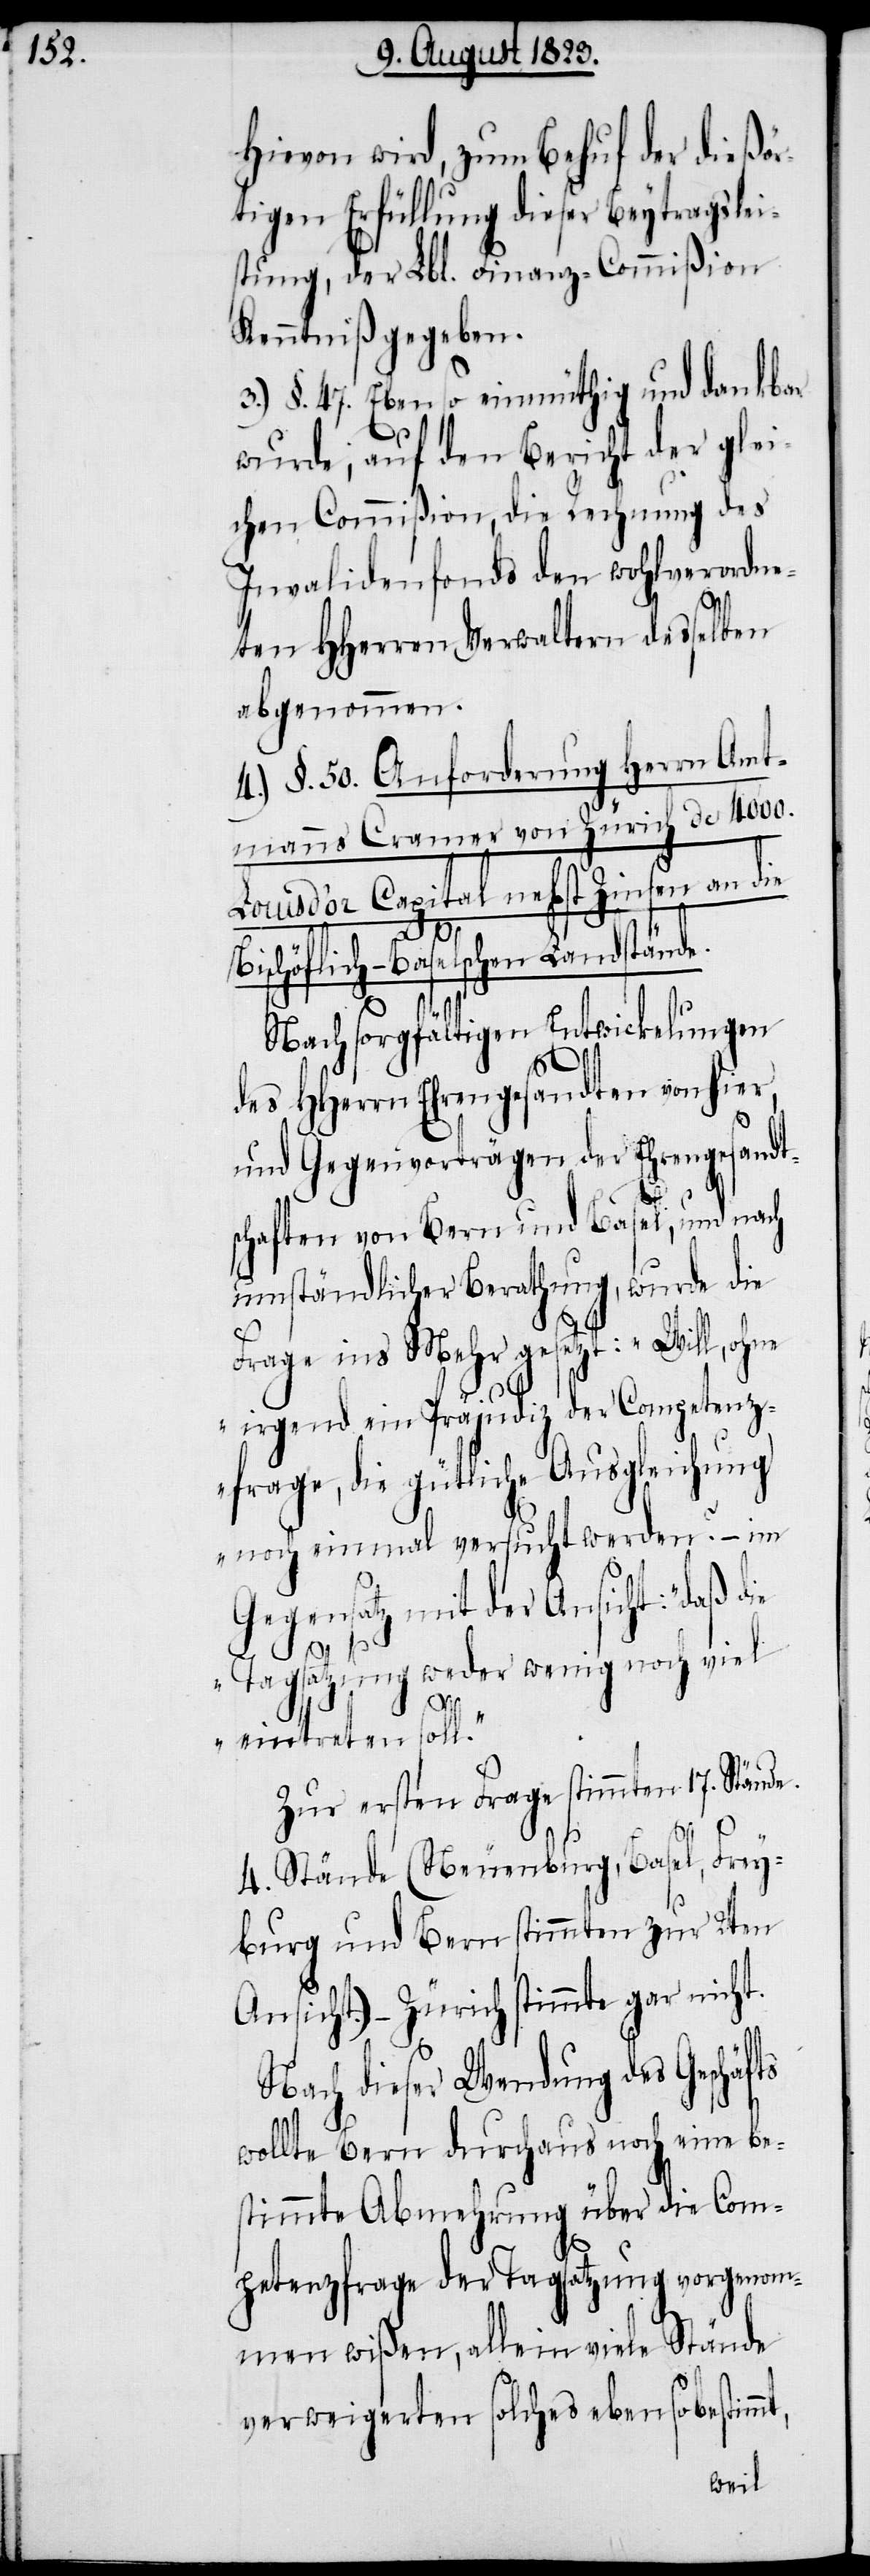
Hievon wird, zum Behuf der dießör¬
tigen Erfüllung dieser Beytragslei¬
stung, der Lbl. Finanz-Commißion
Kenntniß gegeben.
3.) §. 47. Ebenso einmüthig und dankbar
wurde auf den Bericht der glei¬
chen Commißion, die Rechnung des
Invalidenfonds den wohlverordne¬
ten HHerren Verwaltern desselben
abgenommen.
4.) §. 50. Anforderung Herrn Amt¬
manns Cramer von Zürich de 4000.
Louis d’or Capital nebst Zinsen an die
Bischöflich-Baselschen Landstände.
Nach sorgfältigen Entwickelungen
des HHerrn Ehrengesandten von hier,
und Gegenvorträgen der Ehrengesandt¬
schaften von Bern und Basel, und nach
umständlicher Berathung, wurde die
Frage ins Mehr gesetzt: „Will, ohne
irgend ein Präjudiz der Competenz¬
frage, die gütliche Ausgleichung
noch einmal versucht werden?[“] – im
Gegensatz mit der Ansicht: „daß die
t,
Tagsatzung weder wenig noch viel
eintreten soll.“
Zur ersten Frage stimmten 17. Stände.
4. Stände (Neuenburg, Basel, Frey¬
burg und Bern stimmten zur 2ten
Ansicht.) – Zürich stimmte gar nicht.
Nach dieser Wendung des Geschäf¬
wollte Bern durchaus noch eine be¬
stimmte Abmehrung über die Com¬
petenzfrage der Tagsatzung vorgenom¬
men wißen, allein viele Stände
verweigerten solches ebensobestimm¬